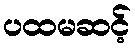
ပထမဆင့်